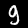
Label: 9